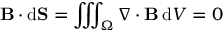
\mathbf { B } \cdot \mathrm { d } \mathbf { S } = \iiint _ { \Omega } \nabla \cdot \mathbf { B } \, \mathrm { d } V = 0